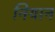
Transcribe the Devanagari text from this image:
नियान